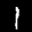
Label: 1